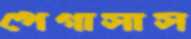
পেগাসাস